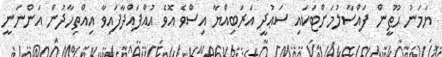
ޔަމަނު ޙޫޠީން ފައްސާލުމަށްޓަކައި ސަޢުދީ އަރަބިއްޔާ އިސްވެ އޮވެ އުއްފައްދާފައިވާ އިއްތިހާދުން އަންނަނީ